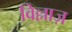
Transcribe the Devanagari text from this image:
विल्लाज़